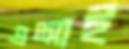
এআই